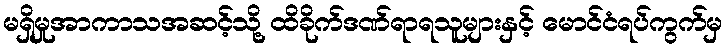
မရှိမှုအာကာသအဆင့်သို့ ထိခိုက်ဒဏ်ရာရသူများနှင့် မောင်ငံရပ်ကွက်မှ